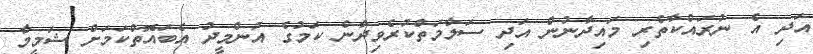
އަދި އެ ނުރައްކާތެރި މައިދާނުން އަދި ސަލާމަތްކުރެވިދާނެ ކަމުގެ އުންމީދު އެބައޮތްކަމަށް ޝަމީމާ